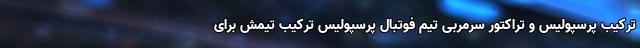
ترکیب پرسپولیس و تراکتور سرمربی تیم فوتبال پرسپولیس ترکیب تیمش برای